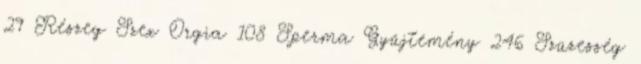
29 Részeg Szex Orgia 108 Sperma Gyűjtemény 246 Szüzesség